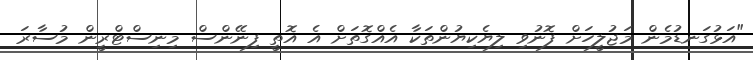
"އަޅުގަނޑުމެން މަޖުލީހަށް ފޮނުވި ލިޔެކިޔުންތަކާ އެއްގޮތަށް އެ އޮތީ ފިނޭންސް މިނިސްޓްރީން މުސާރަ